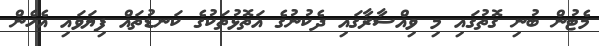
މެޓުން ބުނި ގޮތުގައި މި ވިއްސާރާގައި ދެކުނުގެ އަތޮޅުތަކުގެ ކަނޑުތައް ފިޔަވައި އެހެން